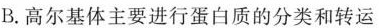
B.高尔基体主要进行蛋白质的分类和转运